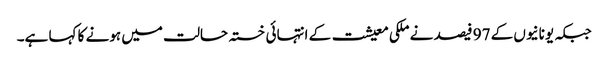
جبکہ یونانیوں کے 97 فیصد نے ملکی معیشت کے انتہائی خستہ حالت میں ہونے کا کہا ہے۔